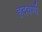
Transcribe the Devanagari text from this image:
हदवर्णा